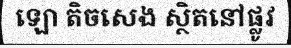
ឡោ តិចសេង ស្ថិតនៅផ្លូវ